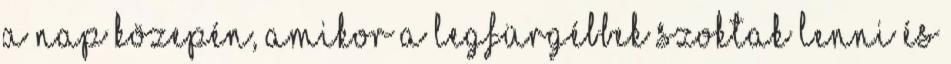
a nap közepén, amikor a legfürgébbek szoktak lenni és